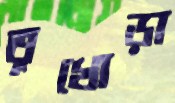
তুখোড়া